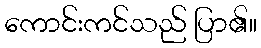
ကောင်းကင်သည် ပြာ၏။